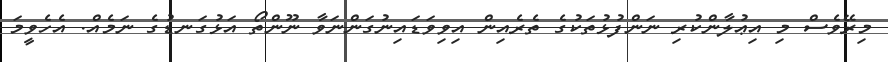
މިރޭވެސް މި އިޢުލާންކުރި ނަންފުޅުތަކުގެ ތެރެއިން އިވިވަޑައިނުގަންނަވާ ނޫންތޯ އަޅުގަނޑުގެ ނަމެއް. އެހެވީމަ